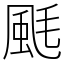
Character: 䫽